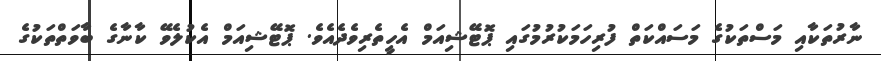
ނާރުތަކާއި މަސްތަކުގެ މަސައްކަތް ފުރިހަމަކުރުމުގައި ޕޮޓޭޝިއަމް އެހީތެރިވެދެއެވެ. ޕޮޓޭޝިއަމް އެކުލެވޭ ކާނާގެ ބާވަތްތަކުގެ